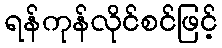
ရန်ကုန်လိုင်စင်ဖြင့်